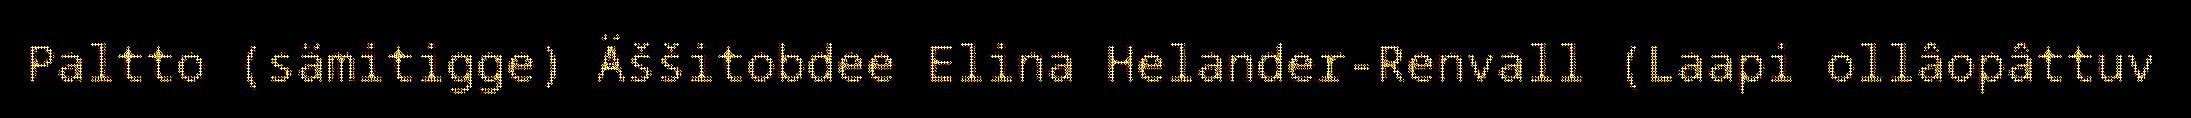
Paltto (sämitigge) Äššitobdee Elina Helander-Renvall (Laapi ollâopâttuv